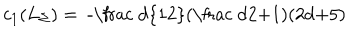
c _ { 1 } ( L _ { \Sigma } ) = \mathrm { ~ - \frac ~ d { 1 2 } ( \frac ~ d 2 + 1 ) ( 2 d + 5 ) ~ }